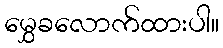
မွှေခလောက်ထားပါ။